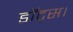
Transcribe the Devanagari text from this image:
डॉट्स।